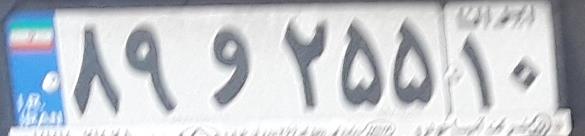
۸۹و۲۵۵۱۰